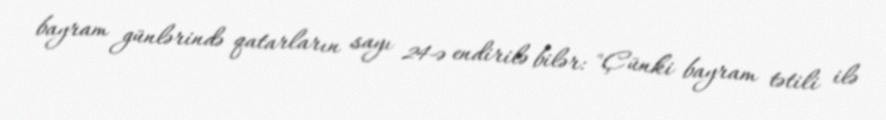
bayram günlərində qatarların sayı 24-ə endirilə bilər: "Çünki bayram tətili ilə